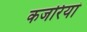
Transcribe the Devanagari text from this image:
कजरियां